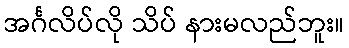
အင်္ဂလိပ်လို သိပ် နားမလည်ဘူး။